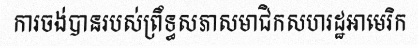
ការចង់បានរបស់ព្រឹទ្ធសភាសមាជិកសហរដ្ឋអាមេរិក